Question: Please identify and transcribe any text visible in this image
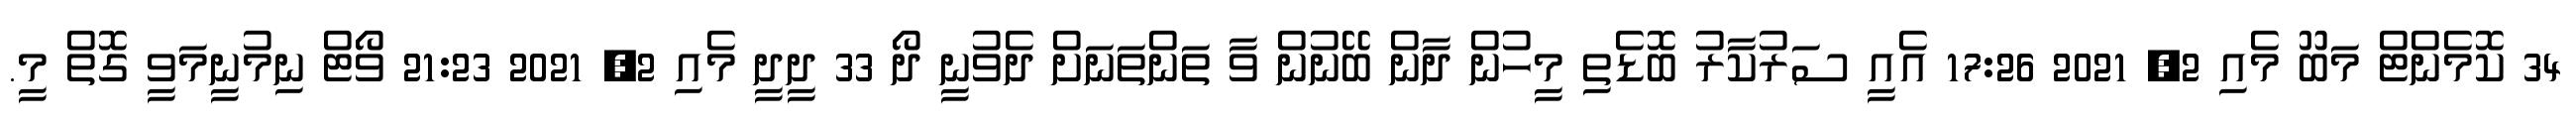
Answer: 34 ކޮމެންޓް މަބޫ މެއި 2, 2021 17:26 އެއީ ސަރުކާރު ބޮޑެތި މީހުން ދާން ބޭނުން ވާ ތަންތަނަށް ދެވުނީ ދޯ 33 ދީދީ މެއި 2, 2021 21:23 ވޯޓް ނިމުނީމަވީ ގޮތް މީ.